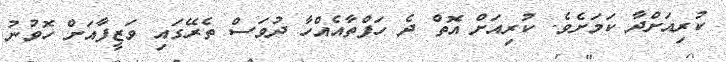
ކުރިއަށްދާ ކަމަށެވެ. ކުރިއަށް އޮތް ދެ ހަފްތާއެއްހާ ދުވަސް ތެރޭގައި ވަޒީފާއަށް ހޮވުނު